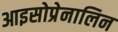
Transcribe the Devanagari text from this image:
आइसोप्रेनालिन